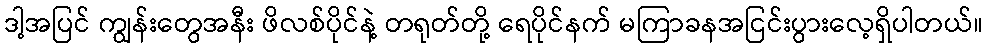
ဒါ့အပြင် ကျွန်းတွေအနီး ဖိလစ်ပိုင်နဲ့ တရုတ်တို့ ရေပိုင်နက် မကြာခနအငြင်းပွားလေ့ရှိပါတယ်။